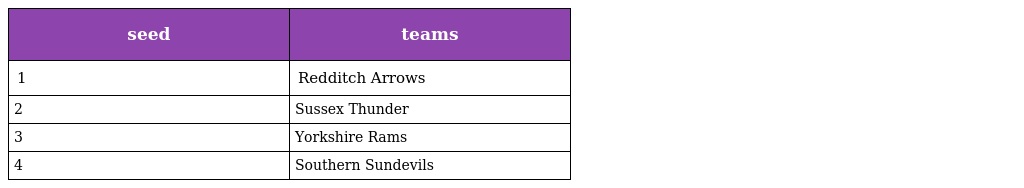
| seed | teams |
 | --- | --- |
 | 1 | Redditch Arrows |
 | 2 | Sussex Thunder |
 | 3 | Yorkshire Rams |
 | 4 | Southern Sundevils |